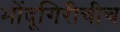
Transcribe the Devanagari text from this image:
भोंदूगिरीचीच